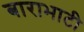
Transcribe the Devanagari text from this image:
बाराभाटी